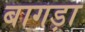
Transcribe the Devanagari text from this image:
बागड़ा